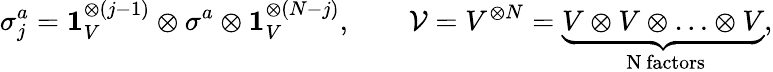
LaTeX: \sigma_{j}^{a}=\mathbf{1}_{V}^{\otimes(j-1)}\otimes\sigma_{}^{a}\otimes\mathbf{1}_{V}^{\otimes(N-j)},\qquad{\cal V}=V^{\otimes N}=\underbrace{V\otimes V\otimes\ldots\otimes V}_{\mathrm{~N~factors}},